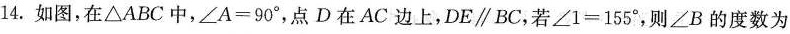
14.如图，在△ABC中，$$∠ A = 9 0 °$$，点D在AC边上，DE\parallel BC，若$$∠ 1 = 1 5 5 °$$，则∠B的度数为